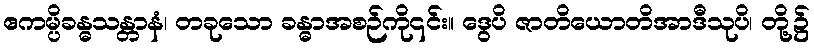
ဧကမ္ပိခန္ဓသန္တာနံ၊ တခုသော ခန္ဓာအစဉ်ကို၎င်း။ ဒွေပိ ဇာတိယောတိအာဒီသုပိ၊ တို့၌